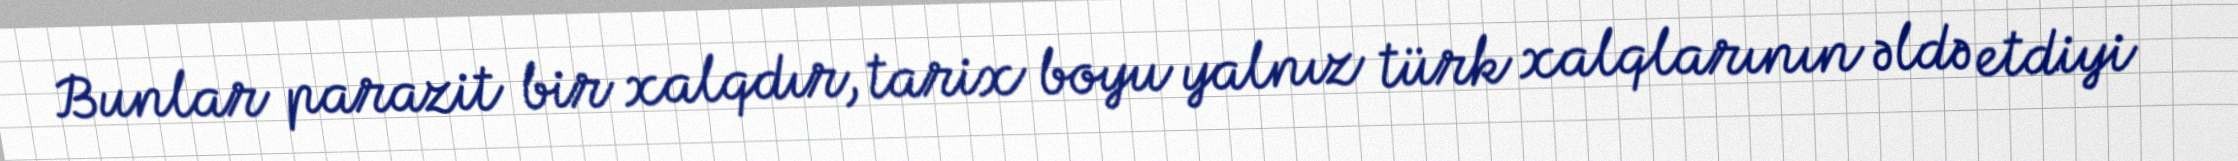
Bunlar parazit bir xalqdır, tarix boyu yalnız türk xalqlarının əldə etdiyi